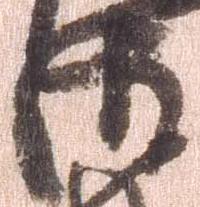
御